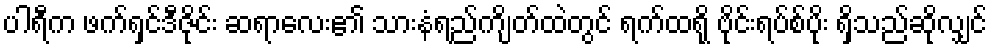
ပါရီက ဖက်ရှင်ဒီဇိုင်း ဆရာလေး၏ သားနံရည်ကျိတ်ထဲတွင် ရက်ထရို ဗိုင်းရပ်စ်ပိုး ရှိသည်ဆိုလျှင်